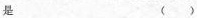
是 ( )